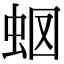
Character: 𧉫